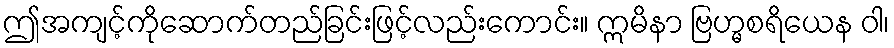
ဤအကျင့်ကိုဆောက်တည်ခြင်းဖြင့်လည်းကောင်း။ ဣမိနာ ဗြဟ္မစရိယေန ဝါ၊